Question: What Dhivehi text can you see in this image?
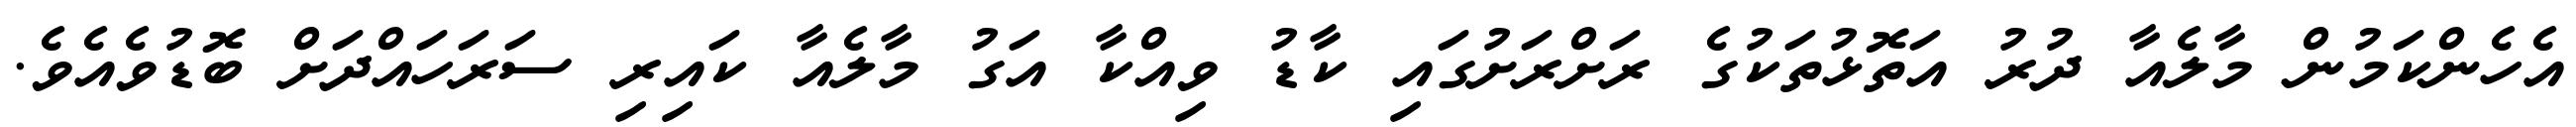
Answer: އެހެންކަމުން މާލެއާ ދުރު އަތޮޅުތަކުގެ ރަށްރަށުގައި ކާޑު ވިއްކާ އަގު މާލެއާ ކައިރި ސަރަހައްދަށް ބޮޑުވެއެވެ.